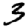
Digit: 3